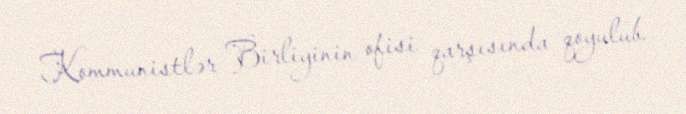
Kommunistlər Birliyinin ofisi qarşısında qoyulub.